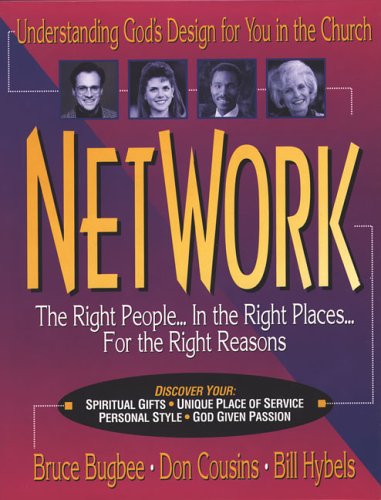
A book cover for Network; Bruce L. Bugbee; Christian Books & Bibles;